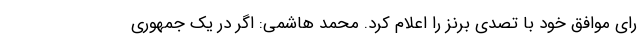
رای موافق خود با تصدی برنز را اعلام کرد. محمد هاشمی: اگر در یک جمهوری